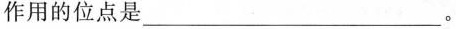
作用的位点是 ___。